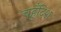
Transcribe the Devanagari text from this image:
चहुँदिश